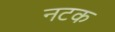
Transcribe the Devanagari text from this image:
नटक